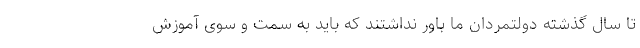
تا سال گذشته دولتمردان ما باور نداشتند که باید به سمت و سوی آموزش